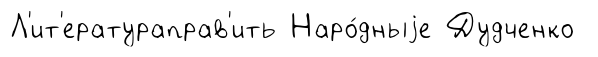
Л'ит'ератураправ'ить Наро́дныjе Дудченко